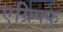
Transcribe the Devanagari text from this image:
एग्रिफ्फ्